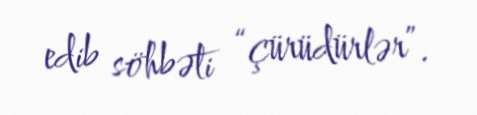
edib söhbəti “çürüdürlər”.